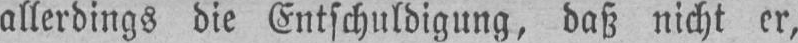
allerdings die Entschuldigung, daß nicht er,